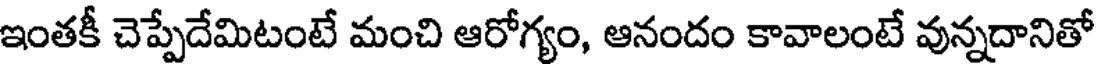
ఇంతకీ చెప్పేదేమిటంటే మంచి ఆరోగ్యం, ఆనందం కావాలంటే వున్నదానితో